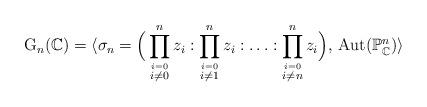
LaTeX: \begin{align*}\mathrm{G}_n(\mathbb{C})=\langle\sigma_n=\Big(\prod_{\stackrel{i=0}{i\not=0}}^{n}z_i:\prod_{\stackrel{i=0}{i\not=1}}^{n}z_i:\ldots:\prod_{\stackrel{i=0}{i\not=n}}^{n}z_i\Big),\,\mathrm{Aut}(\mathbb{P}^n_\mathbb{C})\rangle\end{align*}